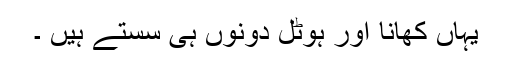
یہاں کھانا اور ہوٹل دونوں ہی سستے ہیں ۔